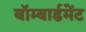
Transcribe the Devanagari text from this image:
बॉम्बार्डमेंट